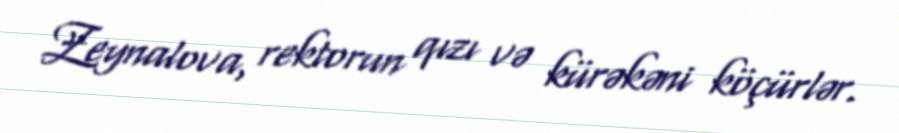
Zeynalova, rektorun qızı və kürəkəni köçürlər.